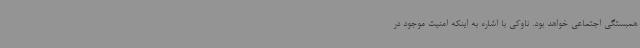
همبستگی اجتماعی خواهد بود. ناوکی با اشاره به اینکه امنیت‌ موجود در